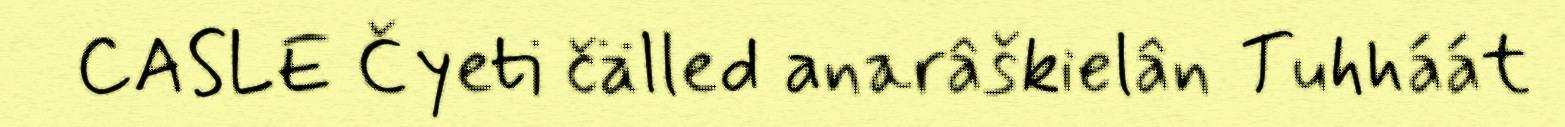
CASLE Čyeti čälled anarâškielân Tuhháát